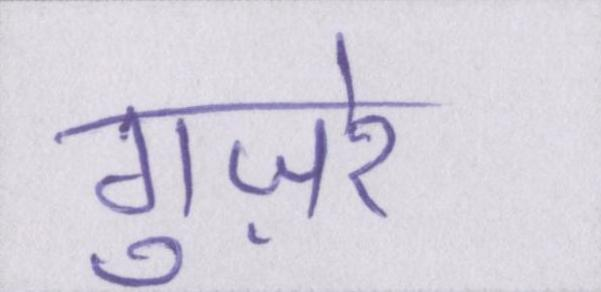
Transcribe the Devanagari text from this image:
गुज़रे